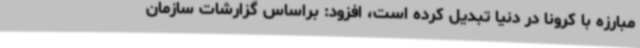
مبارزه با کرونا در دنیا تبدیل کرده است، افزود: براساس گزارشات سازمان